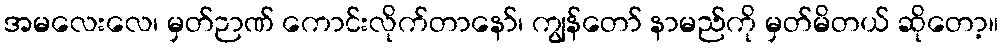
အမလေးလေ၊ မှတ်ဉာဏ် ကောင်းလိုက်တာနော်၊ ကျွန်တော် နာမည်ကို မှတ်မိတယ် ဆိုတော့။